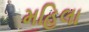
મહિલા